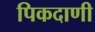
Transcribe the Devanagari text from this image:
पिकदाणी